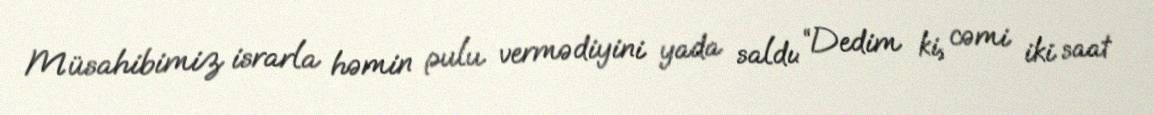
Müsahibimiz israrla həmin pulu vermədiyini yada saldı: “Dedim ki, cəmi iki saat